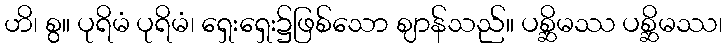
ဟိ၊ စွ။ ပုရိမံ ပုရိမံ၊ ရှေးရှေး၌ဖြစ်သော ဈာန်သည်။ ပစ္ဆိမဿ ပစ္ဆိမဿ၊